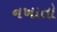
નખાતો